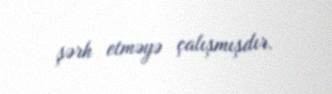
şərh etməyə çalışmışdır.